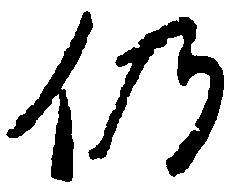
仍